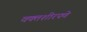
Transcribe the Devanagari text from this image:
वक्तशीरपणे